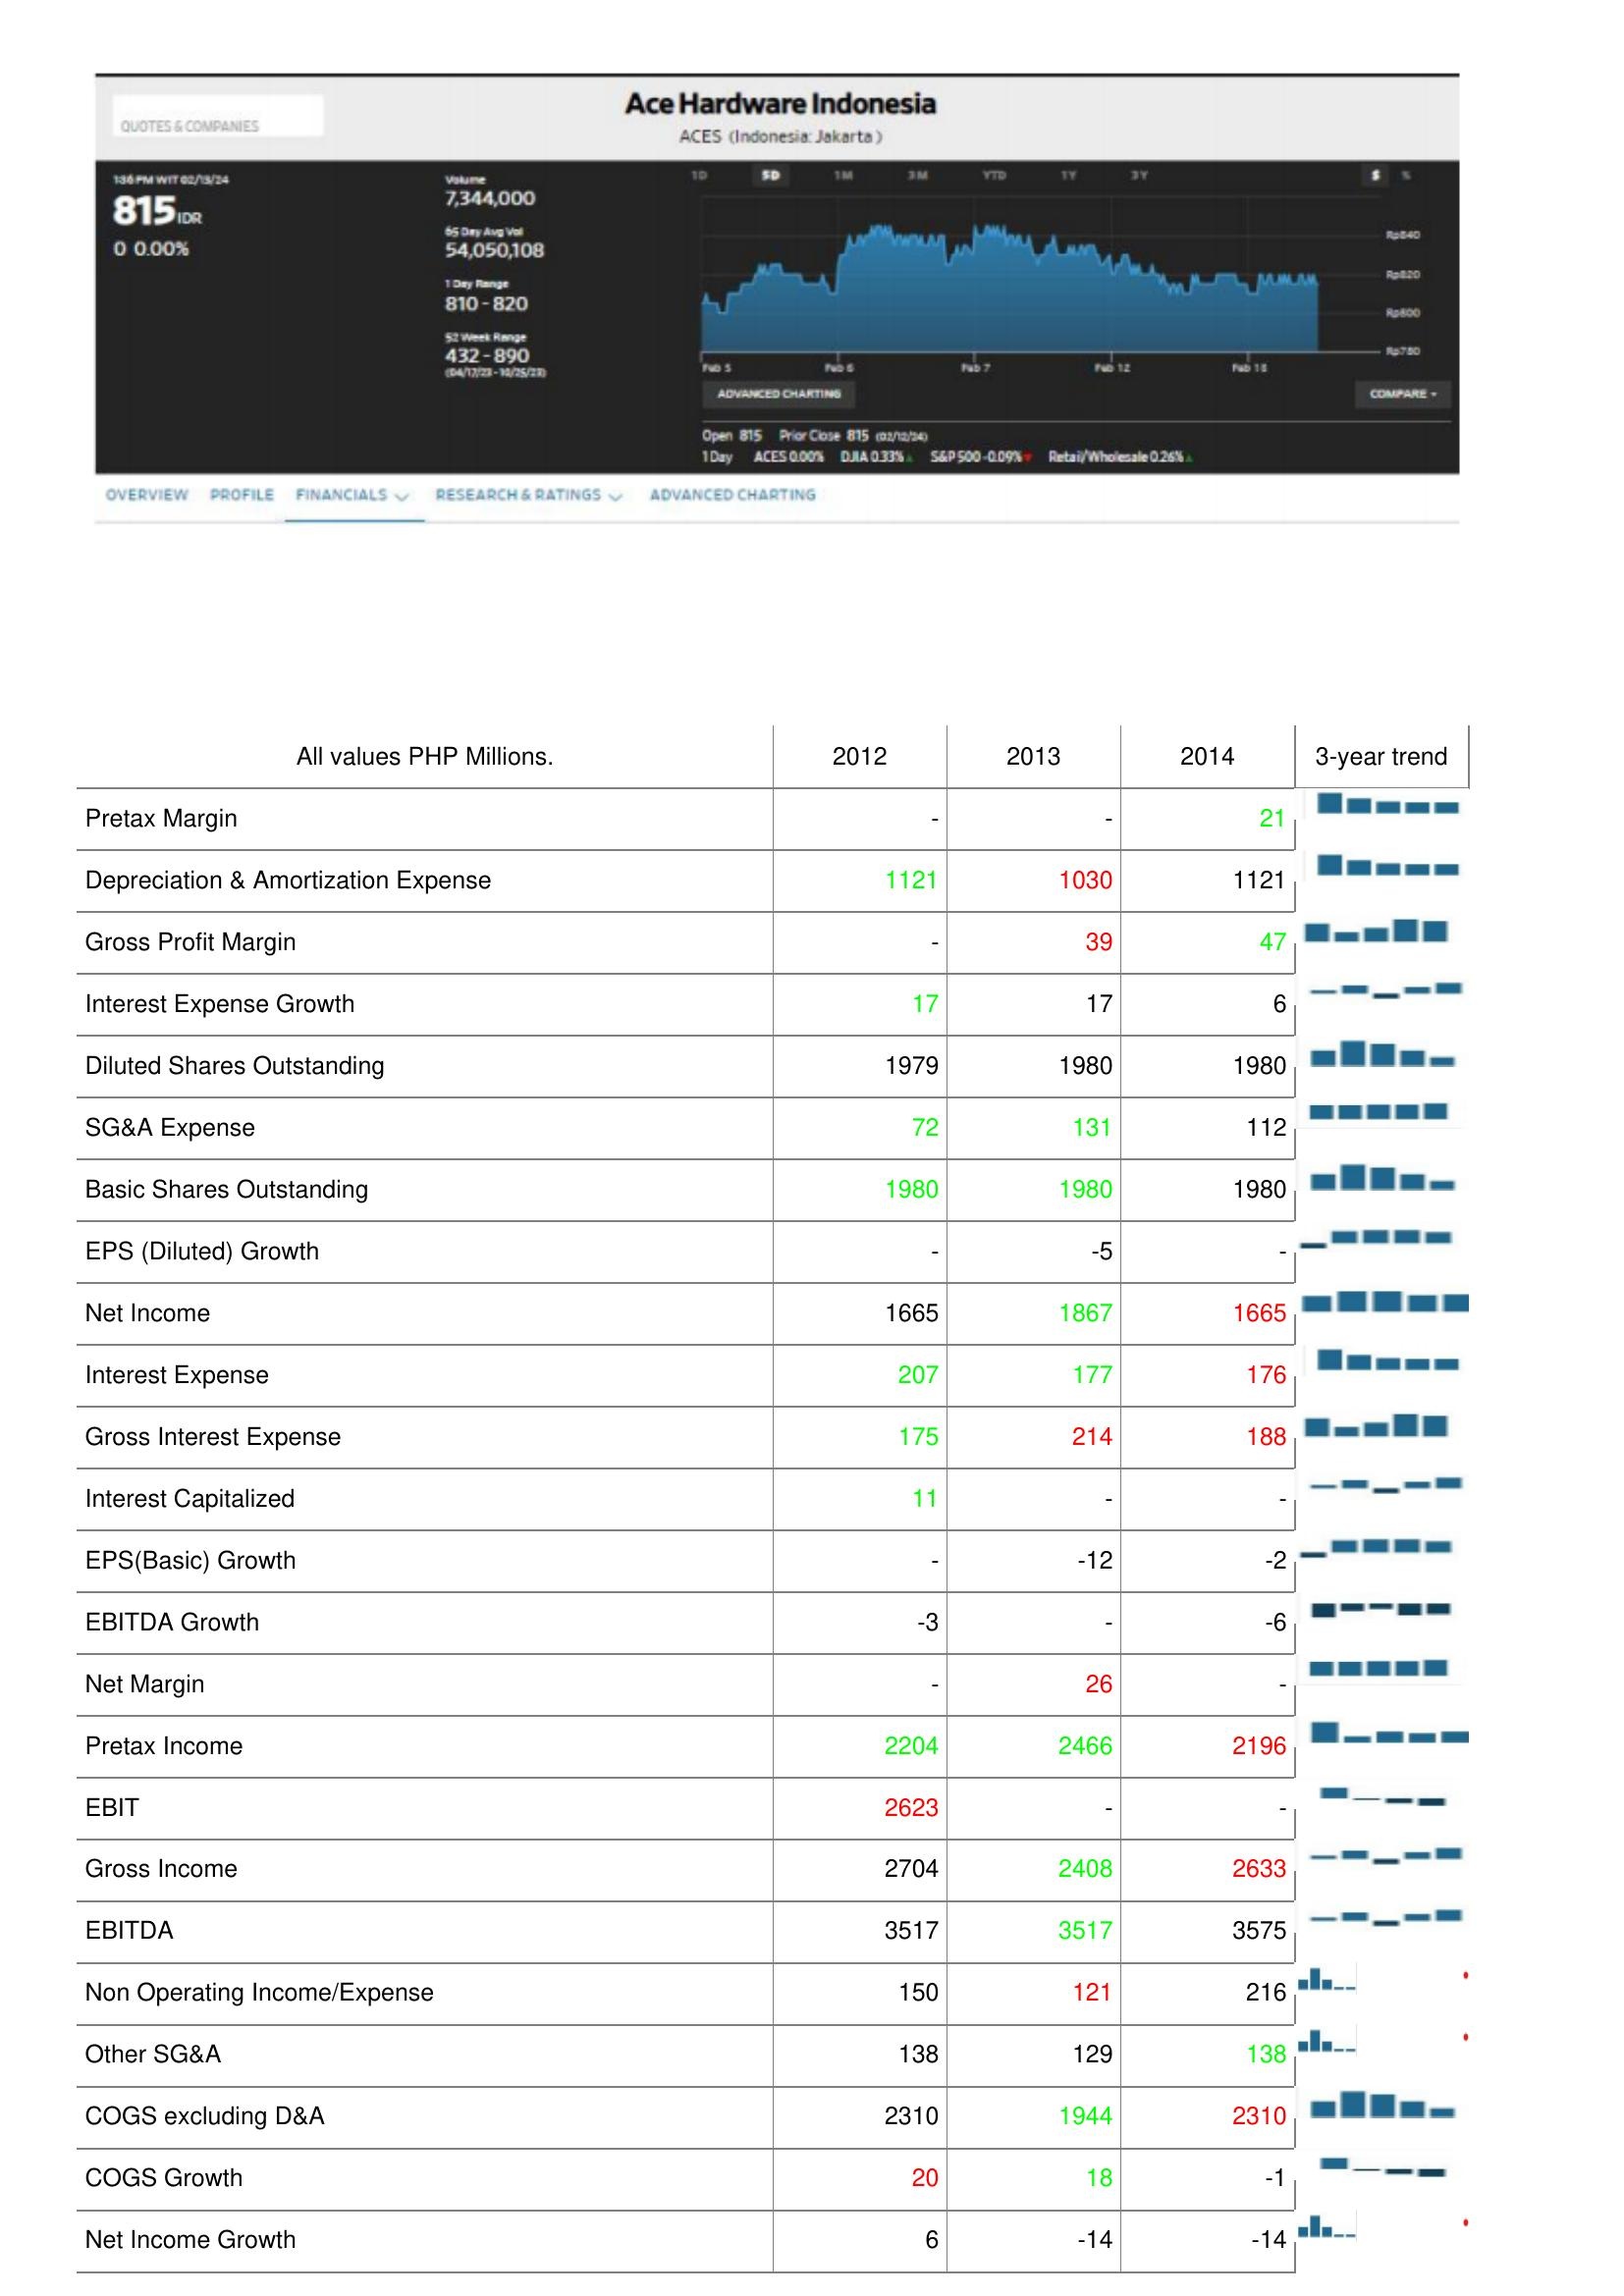
2012: : Pretax Margin: -
Depreciation & Amortization Expense: 1121
Gross Profit Margin: -
Interest Expense Growth: 17
Diluted Shares Outstanding: 1979
SG&A Expense: 72
Basic Shares Outstanding: 1980
EPS (Diluted) Growth: -
Net Income: 1665
Interest Expense: 207
Gross Interest Expense: 175
Interest Capitalized: 11
EPS(Basic) Growth: -
EBITDA Growth: -3
Net Margin: -
Pretax Income: 2204
EBIT: 2623
Gross Income: 2704
EBITDA: 3517
Non Operating Income/Expense: 150
Other SG&A: 138
COGS excluding D&A: 2310
COGS Growth: 20
Net Income Growth: 6
2013: : Pretax Margin: -
Depreciation & Amortization Expense: 1030
Gross Profit Margin: 39
Interest Expense Growth: 17
Diluted Shares Outstanding: 1980
SG&A Expense: 131
Basic Shares Outstanding: 1980
EPS (Diluted) Growth: -5
Net Income: 1867
Interest Expense: 177
Gross Interest Expense: 214
Interest Capitalized: -
EPS(Basic) Growth: -12
EBITDA Growth: -
Net Margin: 26
Pretax Income: 2466
EBIT: -
Gross Income: 2408
EBITDA: 3517
Non Operating Income/Expense: 121
Other SG&A: 129
COGS excluding D&A: 1944
COGS Growth: 18
Net Income Growth: -14
2014: : Pretax Margin: 21
Depreciation & Amortization Expense: 1121
Gross Profit Margin: 47
Interest Expense Growth: 6
Diluted Shares Outstanding: 1980
SG&A Expense: 112
Basic Shares Outstanding: 1980
EPS (Diluted) Growth: -
Net Income: 1665
Interest Expense: 176
Gross Interest Expense: 188
Interest Capitalized: -
EPS(Basic) Growth: -2
EBITDA Growth: -6
Net Margin: -
Pretax Income: 2196
EBIT: -
Gross Income: 2633
EBITDA: 3575
Non Operating Income/Expense: 216
Other SG&A: 138
COGS excluding D&A: 2310
COGS Growth: -1
Net Income Growth: -14